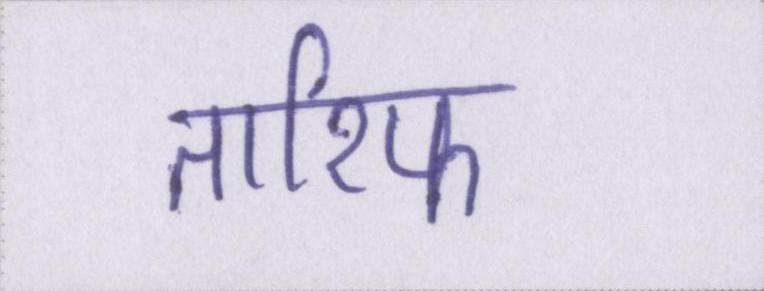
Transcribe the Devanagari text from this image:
तारिफ